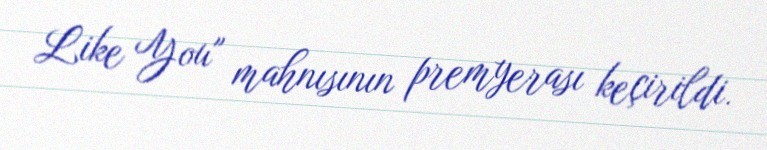
Like You" mahnısının premyerası keçirildi.